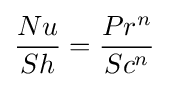
{\frac {Nu}{Sh}}={\frac {Pr^{n}}{Sc^{n}}}